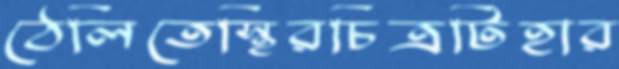
ঠেলিতেস্থিরচিত্রটিহার